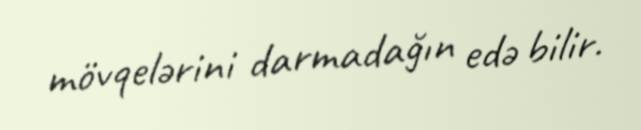
mövqelərini darmadağın edə bilir.